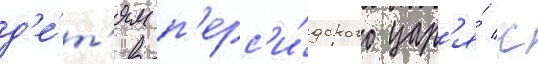
д'е́т'ям п'ерс'и́дского цар'я́ с